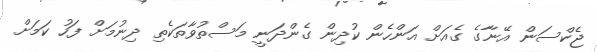
ޖެކްސަން އޭނާގެ ގެއަށް އަންހެން ކުދިން ގެންދަނީ މަސްތުވާތަކެތި ދިނުމަށް ފަހު ކަމަށް